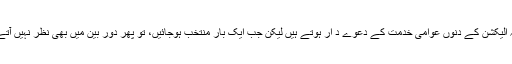
یہ الیکشن کے دنوں عوامی خدمت کے دعوے د ار ہوتے ہیں لیکن جب ایک بار منتخب ہوجائیں، تو پھر دور بین میں بھی نظر نہیں آتے۔